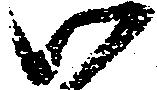
御